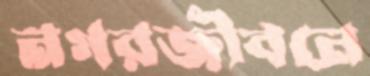
নগরজীবনে